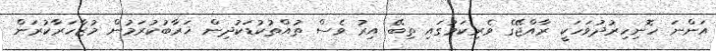
އަންނަ ހޮނިހިރުދުވަހަކީ ރާއްޖޭގެ ވެރިކަމުގައި ތިބޭ އިރު ވެސް ތުއްތުކުޑަކުދިން ޚަރާބުކުރަމުން މުޒާހަރާކުރަން